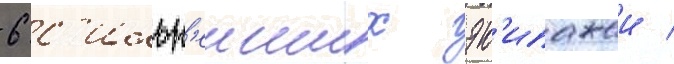
6 с'ильн'еиших эк'ипажеи /